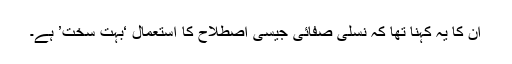
ان کا یہ کہنا تھا کہ نسلی صفائی جیسی اصطلاح کا استعمال ‘بہت سخت’ ہے۔